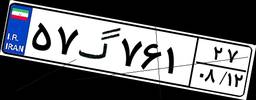
۷۰گ۰۹۸۷۸